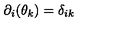
\partial _ { i } ( \theta _ { k } ) = \delta _ { i k }